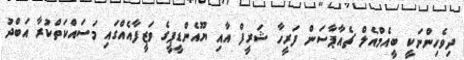
ދިވެހިންނަކީ ބީއެމްއެލް ޗެއާޕާސަން ފަރީހާ ޝަރީފް އާއި ޔޫއެންޑީޕީގެ ވަޒީފާއެއްގައި މަސައްކަތްކުރާ އަބްދު